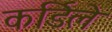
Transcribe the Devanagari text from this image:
कर्डिले